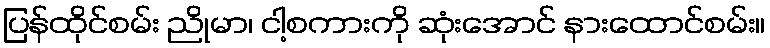
ပြန်ထိုင်စမ်း ညိုမာ၊ ငါ့စကားကို ဆုံးအောင် နားထောင်စမ်း။